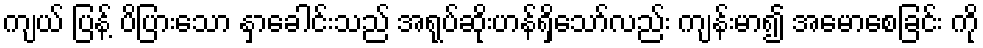
ကျယ် ပြန့် ပိပြားသော နှာခေါင်းသည် အရုပ်ဆိုးဟန်ရှိသော်လည်း ကျန်းမာ၍ အမောစေခြင်း ကို